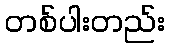
တစ်ပါးတည်း